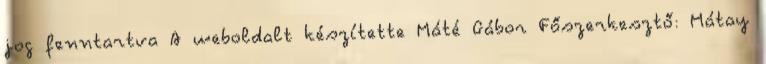
jog fenntartva A weboldalt készítette Máté Gábor Főszerkesztő: Mátay